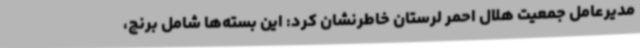
مدیرعامل جمعیت هلال احمر لرستان خاطرنشان کرد: این بسته‌ها شامل برنج،